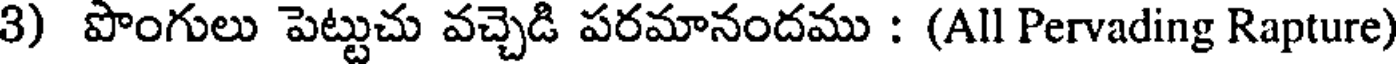
3) పొంగులు పెట్టుచు వచ్చెడి పరమానందము : (All Pervading Rapture)